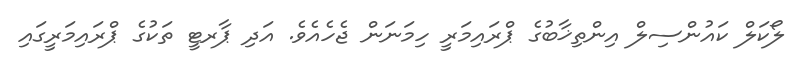
ލޯކަލް ކައުންސިލް އިންތިޚާބުގެ ޕްރައިމަރީ ހިމަނަން ޖެހެއެވެ. އަދި ޕާރޓީ ތަކުގެ ޕްރައިމަރީގައި